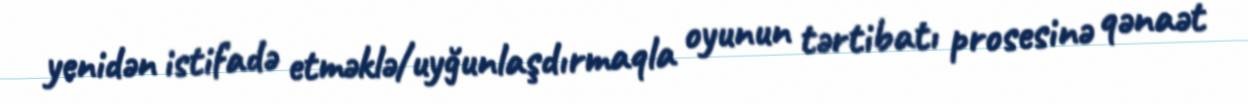
yenidən istifadə etməklə/uyğunlaşdırmaqla oyunun tərtibatı prosesinə qənaət